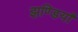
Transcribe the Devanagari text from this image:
झण्डियाँ